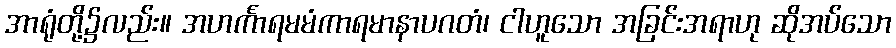
အာရုံတို့၌လည်း။ အဟင်္ကာရမမံကာရမာနာပဂတံ၊ ငါဟူသော အခြင်းအရာဟု ဆိုအပ်သော